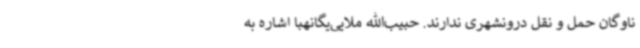
ناوگان حمل و نقل درونشهری ندارند. حبیب‌الله ملایی‌یگانهبا اشاره به